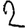
Digit: 2